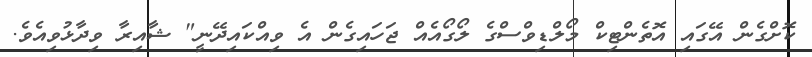
ކޮށްގެން އޭގައި އޮތެންޓިކް މޯލްޑިވްސްގެ ލޯގޯއެއް ޖަހައިގެން އެ ވިއްކައިދޭނީ" ޝާއިރާ ވިދާޅުވިއެވެ.